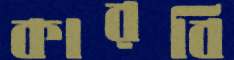
কারবি